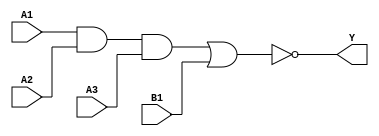
`timescale 1ps/1ps
module cell_a31oi
(
    input wire A1,
    input wire A2,
    input wire A3,
    input wire B1,
    output wire Y
);
    assign Y = !((A1 & A2 & A3) | B1);
endmodule